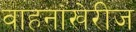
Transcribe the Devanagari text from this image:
वाहनांखेरीज